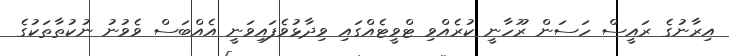
އިރާނުގެ ރައީސް ހަސަން ރޫހާނީ ކުރެއްވި ޓްވީޓެއްގައި ވިދާޅުވެފައިވަނީ އެއްބަސް ވެވުނު ނުކުތާތަކުގެ